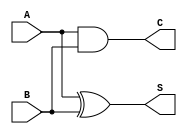
module CurrentModeHalfAdder (
    input wire A, // First input
    input wire B, // Second input
    output wire S, // Sum output
    output wire C  // Carry output
);
    // Assign the Sum (S) and Carry (C) outputs based on the half-adder logic
    assign S = A ^ B; // Sum is A XOR B
    assign C = A & B; // Carry is A AND B
endmodule